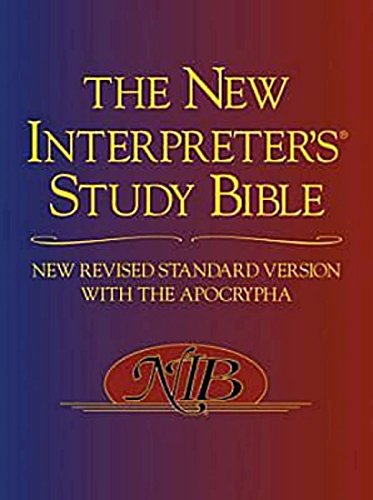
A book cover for The New Interpreter's Study Bible: New Revised Standard Version With the Apocrypha; Walter J. Harrelson; Christian Books & Bibles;